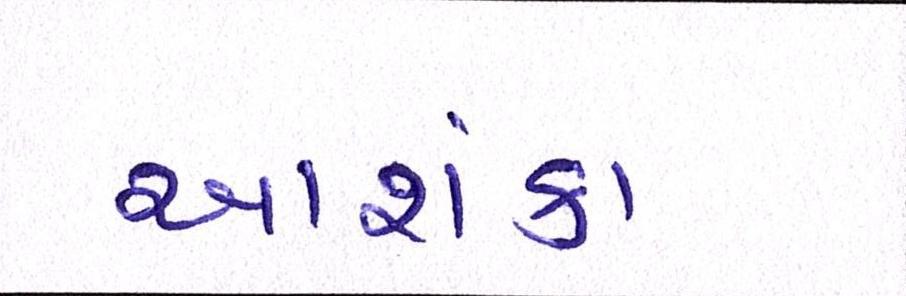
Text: આશંકા